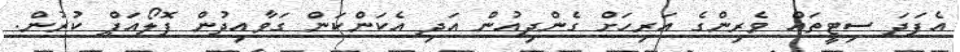
އެފަދަ ސިޓީތައް ވެރިންގެ އަރިހަށް ގެންދިއުން އަދި އެކަންކަން ގަވާއިދުން ފޮލޯއަޕް ކުރުން.